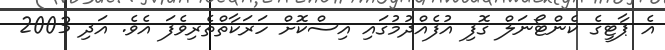
އެ ޕާޓީގެ ކެންޓޯނަލް ގޮފި އުފެއްދުމުގައި އިސްކޮށް ހަރަކާތްތެރިވެފަ އެވެ. އަދި 2003